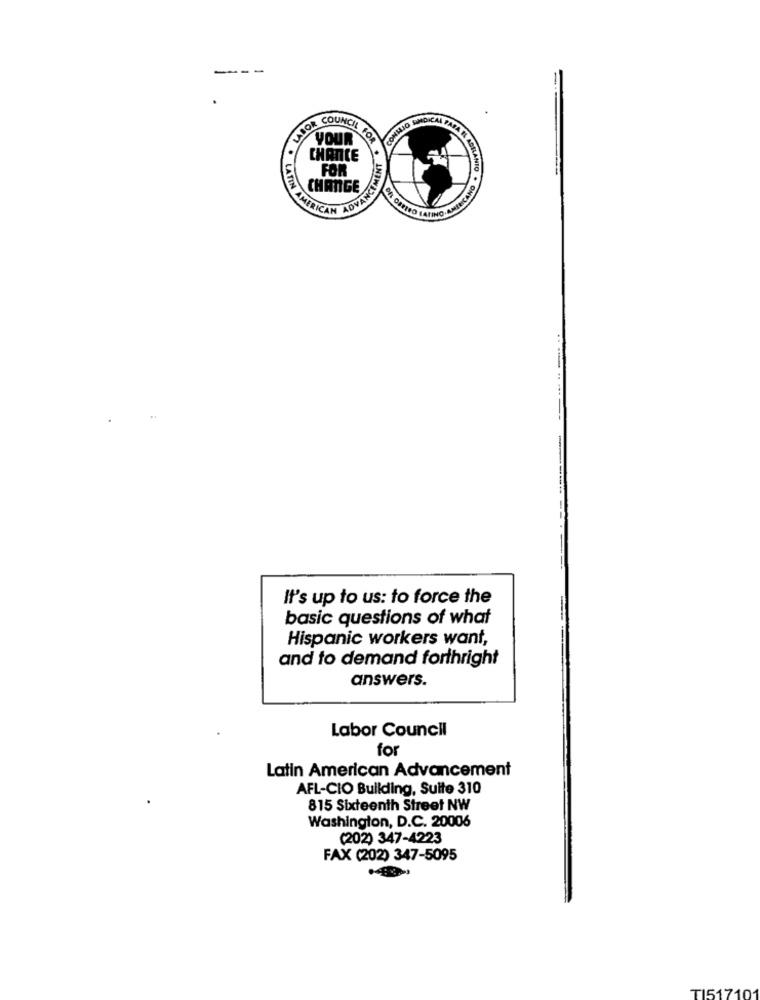
LABOR
YOUR
COUNCIL FOR
FAMMIO SHOICAL PARA TI
CHANCE
ANCIMENT
FOR
IMA K AÇILANTO
CHANGE
LATIN AMERICA
EON ORRISO LATINO AMERICANO
. .. ....
------
It's up to us: to force the
basic questions of what
Hispanic workers want,
and to demand forthright
answers.
Labor Council
fo
Latin American Advancement
AFL-CIO Building, Suite 310
815 Sixteenth Street NW
Washington, D.C. 20006
(202) 347-4223
FAX (202) 347-5095
TI517101